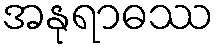
အနုရာဓဿ